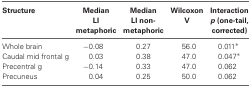
<table><thead><tr><td><b>Structure</b></td><td><b>Median LI metaphoric</b></td><td><b>Median LI non-metaphoric</b></td><td><b>Wilcoxon V</b></td><td><b>Interaction <i>p</i> (one-tail, corrected)</b></td></tr></thead><tbody><tr><td>Whole brain</td><td>−0.08</td><td>0.27</td><td>56.0</td><td>0.011*</td></tr><tr><td>Caudal mid frontal g</td><td>0.03</td><td>0.38</td><td>47.0</td><td>0.047*</td></tr><tr><td>Precentral g</td><td>−0.14</td><td>0.33</td><td>47.0</td><td>0.062</td></tr><tr><td>Precuneus</td><td>0.04</td><td>0.25</td><td>50.0</td><td>0.062</td></tr></tbody></table>